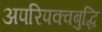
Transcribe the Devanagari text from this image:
अपरिपक्वबुद्धि